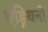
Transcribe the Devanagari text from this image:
एड्रियनो